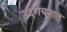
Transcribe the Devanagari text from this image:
उदगयनात